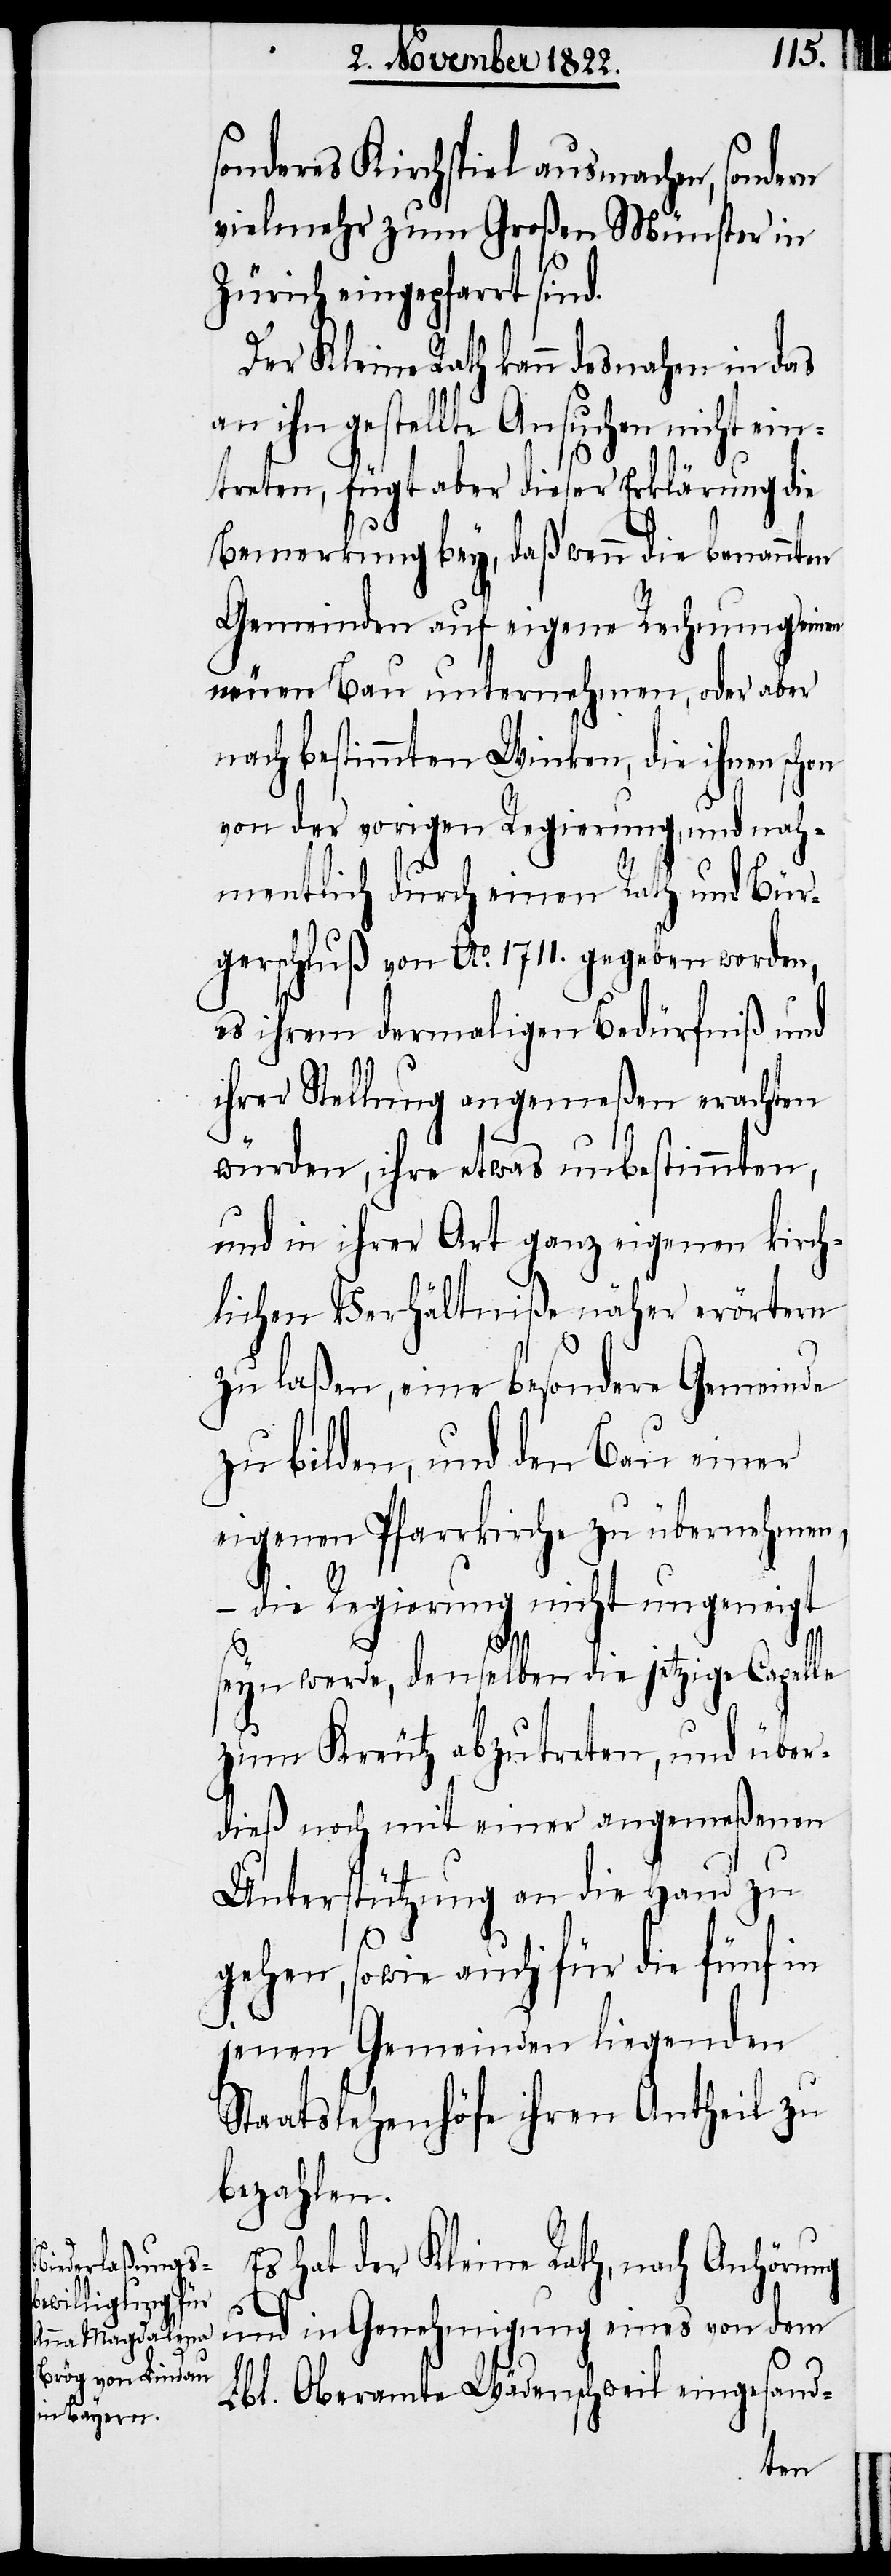
sonderes Kirchspiel ausmachen, sondern
vielmehr zum Großen Münster in
Zürich eingepfarrt sin¬
Der Kleine Rath kann desnahen in das
an ihn gestellte Ansuchen nicht ei¬
ntreten, fügt aber dieser Erklärung die
Bemerkung bey, daß wenn die benannten
Gemeinden auf eigene Rechnung einen
neuen Bau unternehmen, oder aber
nach bestimmten Winken, die ihnen schon
von der vorigen Regierung, und nah¬
mentlich durch einen Rath und Bür¬
gerschluß von Ao. 1711. gegeben worden,
es ihrem dermaligen Bedürfniß und
ihrer Stellung angemeßen erachten
würden, ihre etwas unbestimmten,
und in ihrer Art ganz eigenen kirch¬
lichen Verhältniße näher erörtern
zu laßen, eine besondere Gemeinde
zu bilden, und den Bau einer
eigenen Pfarrkirche zu übernehmen,
– die Regierung nicht ungeneigt
d.
seyn werde, denselben die jetzige Capelle
zum Kreutz abzutreten, und über¬
dieß noch mit einer angemeßenen
Unterstützung an die Hand zu
gehen, sowie auch für die fünf in
jenen Gemeinden liegenden
Staatslehenhöfe ihren Antheil zu
bezahlen.
Es hat der Kleine Rath, nach Anhörung
und in Genehmigung eines von dem
Lbl. Oberamte Wädenschweil eingesand-